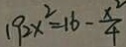
1 9 2 x ^ { 2 } = 1 6 - \frac { x ^ { 2 } } { 4 }